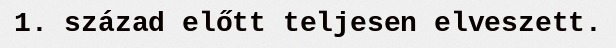
1. század előtt teljesen elveszett.